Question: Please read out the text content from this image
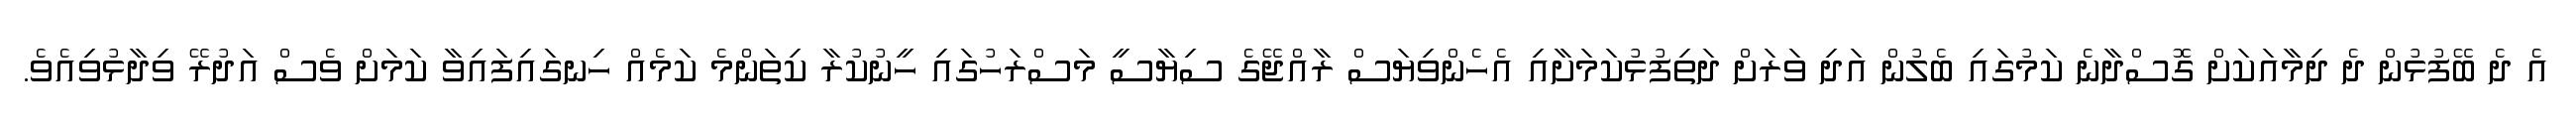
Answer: އެ ދެ ބޭފުޅުން ދެ ދިމާއަކަށް ގޮސްދާނެ ކަމުގައި ބެލުން އަދި ވަރަށް ދަތިފުޅުކަމަށާއި އެހެންވިޔަސް ރާއްޖޭގެ ސިޔާސީ މަސްރަހުގައި ހީނުކުރާ ކިތަންމެ ކަމެއް ހިނގައިފައިވާ ކަމަށް ވެސް އަދުރޭ ވިދާޅުވިއެވެ.